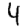
Digit: 4